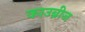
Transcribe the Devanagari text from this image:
काउब्रीज